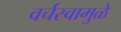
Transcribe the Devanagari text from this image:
वर्चस्वामुळे